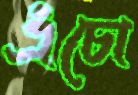
এঁচো